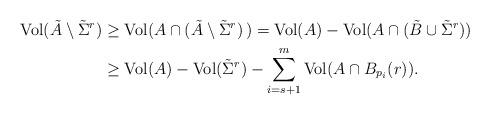
LaTeX: \begin{align*} {\rm Vol}(\tilde A\setminus {\tilde \Sigma}^{r}) & \geq{\rm Vol}(A \cap (\tilde A\setminus {\tilde\Sigma}^{r})\,) = {\rm Vol}(A) - {\rm Vol}(A\cap (\tilde B \cup {\tilde \Sigma}^{r})) \\& \geq {\rm Vol}(A) - {\rm Vol}({\tilde \Sigma}^{r}) - \sum_{i=s+1}^m {\rm Vol}(A\cap B_{p_i}(r)). \\\end{align*}